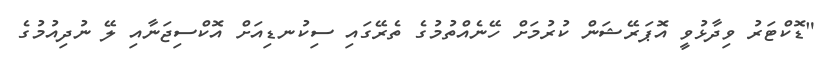
"ޑޮކްޓަރު ވިދާޅުވީ އޮޕަރޭޝަން ކުރުމަށް ހޭނެއްތުމުގެ ތެރޭގައި ސިކުނޑިއަށް އޮކްސިޖަނާއި ލޭ ނުދިއުމުގެ